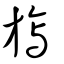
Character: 旟